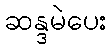
ဆန္ဒမဲပေး